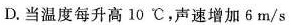
D.当温度每升高10℃，声速增加 6 m/s